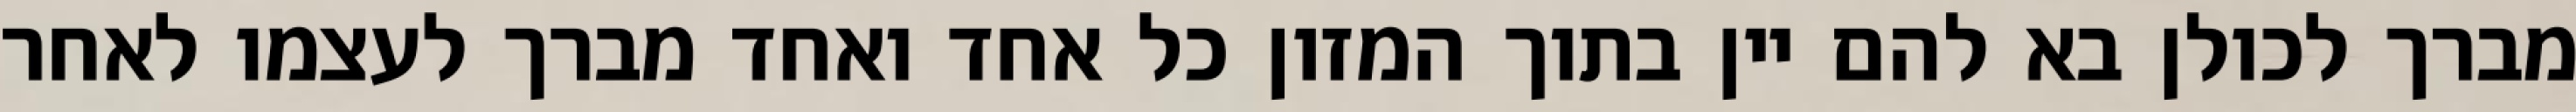
מברך לכולן בא להם יין בתוך המזון כל אחד ואחד מברך לעצמו לאחר